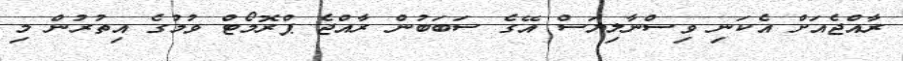
ރާއްޖެއަށް އެކަނި ވިސްނާލިޔަސް އޭގެ ސަބަބުން ރާއްޖެ ޕްރޮމޯޓް ވުމުގެ އިތުރުން މި